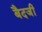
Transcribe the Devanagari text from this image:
बैदजी